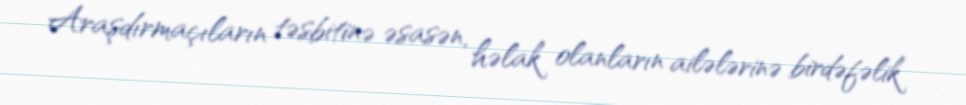
Araşdırmaçıların təsbitinə əsasən, həlak olanların ailələrinə birdəfəlik